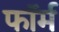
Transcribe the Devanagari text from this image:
फाॅर्म